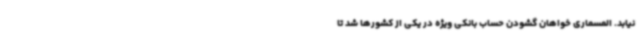
نیابد. المسماری خواهان گشودن حساب بانکی ویژه در یکی از کشورها شد تا